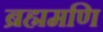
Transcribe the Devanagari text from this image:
ब्रह्ममणि